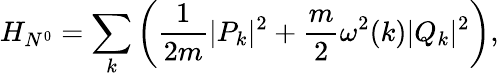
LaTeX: H_{N^{0}}=\sum_{k}\left(\displaystyle\frac{1}{2m}|P_{k}|^{2}+\frac{m}{2}\omega^{2}(k)|Q_{k}|^{2}\right),